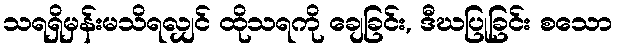
သရရှိမှန်းမသိရလျှင် ထိုသရကို ချေခြင်း, ဒီဃပြုခြင်း စသော